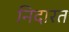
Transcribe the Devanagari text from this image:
निदारत